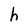
Character: h